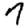
Digit: 7